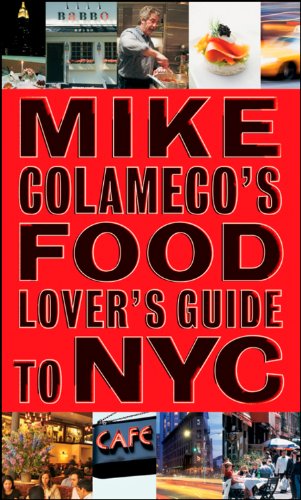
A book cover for Mike Colameco's Food Lover's Guide to New York City; Mike Colameco; Cookbooks, Food & Wine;